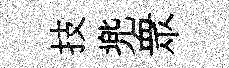
技兠衆